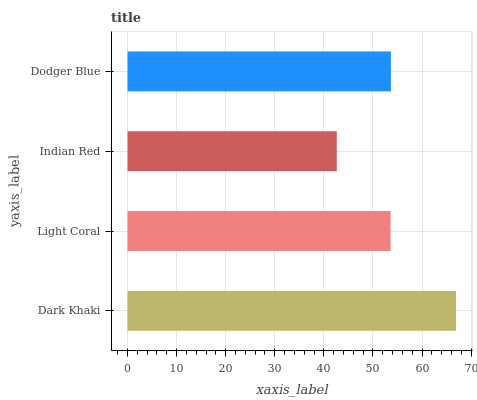
| yaxis_label | bars |
 | --- | --- |
 | Dark Khaki | 66.9 |
 | Light Coral | 53.6 |
 | Indian Red | 42.6 |
 | Dodger Blue | 53.7 |